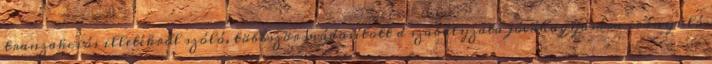
tranzakciós illetékről szóló, többször módosított d szabályzata jóváhagyására irányuló